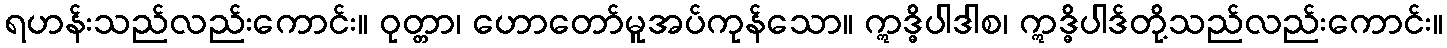
ရဟန်းသည်လည်းကောင်း။ ဝုတ္တာ၊ ဟောတော်မူအပ်ကုန်သော။ ဣဒ္ဓိပါဒါစ၊ ဣဒ္ဓိပါဒ်တို့သည်လည်းကောင်း။